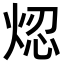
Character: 𤉃